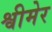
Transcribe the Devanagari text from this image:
श्वीमेर